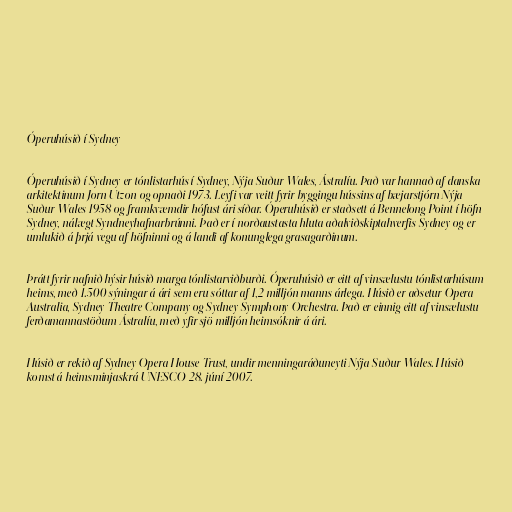
Óperuhúsið í Sydney

Óperuhúsið í Sydney er tónlistarhús í Sydney, Nýja Suður-Wales, Ástralíu. Það var hannað af danska
arkitektinum Jørn Utzon og opnaði 1973. Leyfi var veitt fyrir byggingu hússins af bæjarstjórn Nýja
Suður-Wales 1958 og framkvæmdir hófust ári síðar. Óperuhúsið er staðsett á Bennelong Point í höfn
Sydney, nálægt Syndneyhafnarbrúnni. Það er í norðaustasta hluta aðalviðskiptahverfis Sydney og er
umlukið á þrjá vegu af höfninni og á landi af konunglega grasagarðinum.

Þrátt fyrir nafnið hýsir húsið marga tónlistarviðburði. Óperuhúsið er eitt af vinsælustu tónlistarhúsum
heims, með 1.500 sýningar á ári sem eru sóttar af 1,2 milljón manns árlega. Húsið er aðsetur Opera
Australia, Sydney Theatre Company og Sydney Symphony Orchestra. Það er einnig eitt af vinsælustu
ferðamannastöðum Ástralíu, með yfir sjö milljón heimsóknir á ári.

Húsið er rekið af Sydney Opera House Trust, undir menningaráðuneyti Nýja Suður-Wales. Húsið
komst á heimsminjaskrá UNESCO 28. júní 2007.